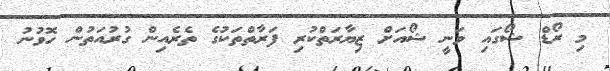
މި ރޯޑް ޝޯގައި ވަނީ ޝޯއަށް ޒިޔާރަތްކުރި ފަރާތްތަކުގެ ތެރެއިން ގުރުއަތުން ހޮވުނު